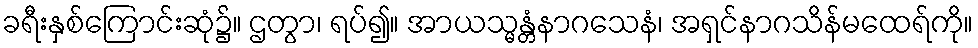
ခရီးနှစ်ကြောင်းဆုံ၌။ ဌတွာ၊ ရပ်၍။ အာယသ္မန္တံနာဂသေနံ၊ အရှင်နာဂသိန်မထေရ်ကို။